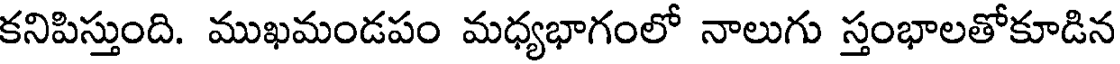
కనిపిస్తుంది. ముఖమండపం మధ్యభాగంలో నాలుగు స్తంభాలతోకూడిన